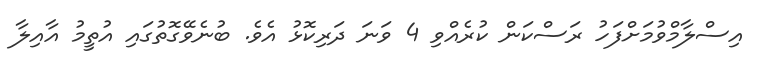
އިސްލާމްވުމަށްފަހު ރަސްކަން ކުރެއްވި 4 ވަނަ ދަރިކޮޅު އެވެ. ބުނެވޭގޮތުގައި އުތީމު އާއިލާ